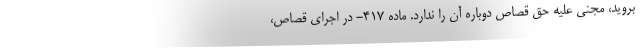
بروید، مجنی علیه حق قصاص دوباره آن را ندارد. ماده ۴۱۷- در اجرای قصاص،